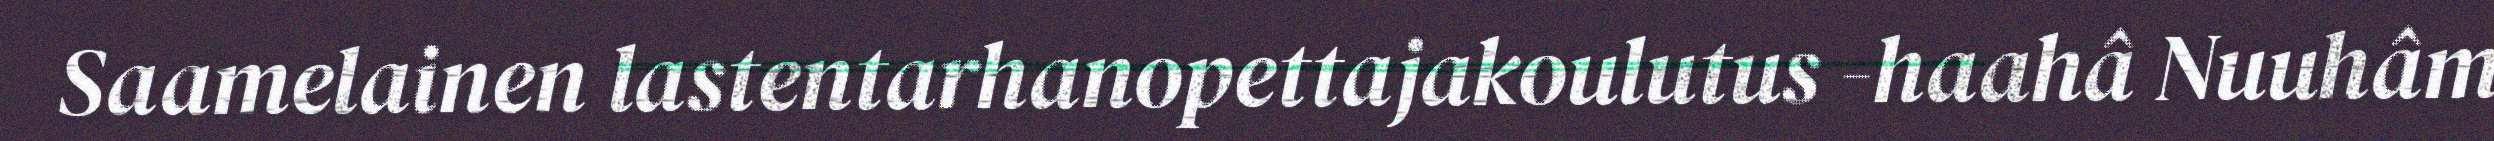
Saamelainen lastentarhanopettajakoulutus -haahâ Nuuhâm